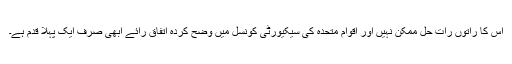
اس کا راتوں رات حل ممکن نہیں اور اقوامِ متحدہ کی سیکیورٹی کونسل میں وضح کردہ اتفاقِ رائے ابھی صرف ایک پہلا قدم ہے۔